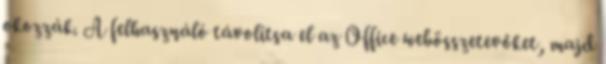
okozzák. A felhasználó távolítsa el az Office webösszetevőket, majd